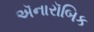
ઍનારૉબિક